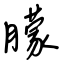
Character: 朦